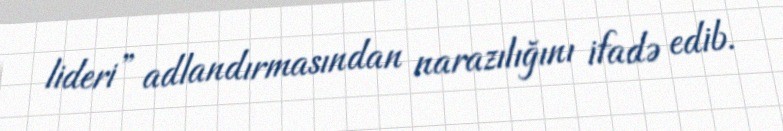
lideri” adlandırmasından narazılığını ifadə edib.